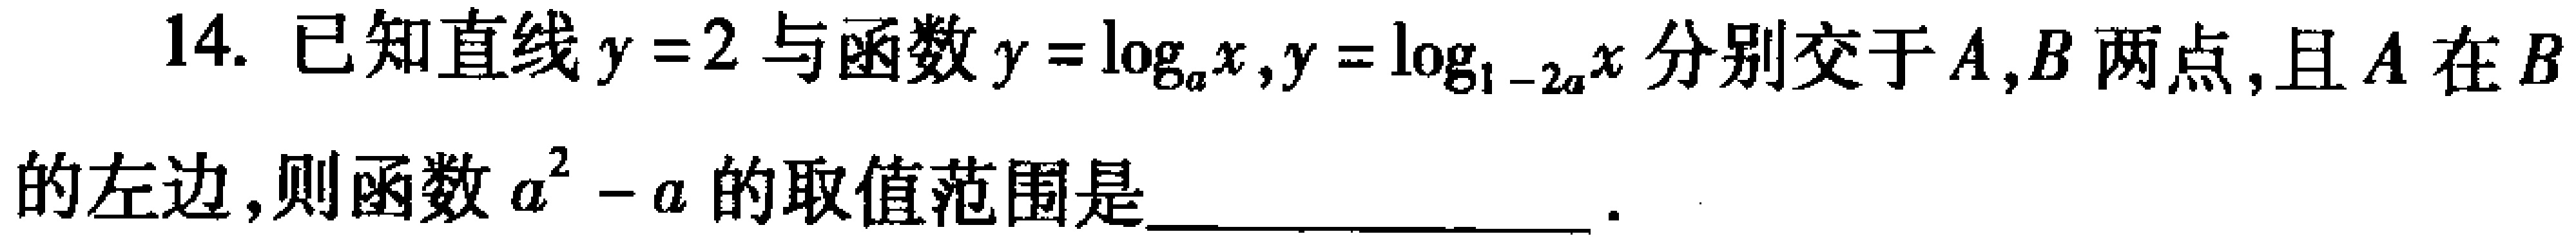
14. 已知直线$y = 2$与函数$y = \log_{a}x,y = \log_{1 - 2a}x$分别交于$A,B$两点, 且$A$在$B$的左边, 则函数$a^{2}-a$的取值范围是____________________.